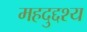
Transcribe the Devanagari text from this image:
महदुद्दश्य